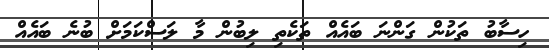
ހިސާބު ތަކުން ގަންނަ ބައެއް ތަކެތި ލިބުން މާ ލަސްކަމަށް ބުނެ ބައެއް